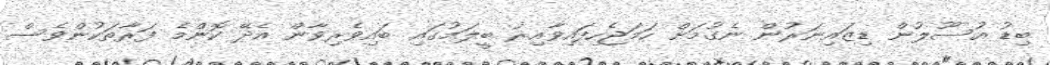
ބިޑު އުސޫލުން ޑިޒައިނަރުން ނެގުމަށް ހަމަޖެހިފައިވާއިރު ބީލަމުގައި ބައިވެރިވާން އެދޭ ކޮންމެ ފަރާތަކުންވެސް